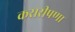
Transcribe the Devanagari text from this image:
करारीपणा